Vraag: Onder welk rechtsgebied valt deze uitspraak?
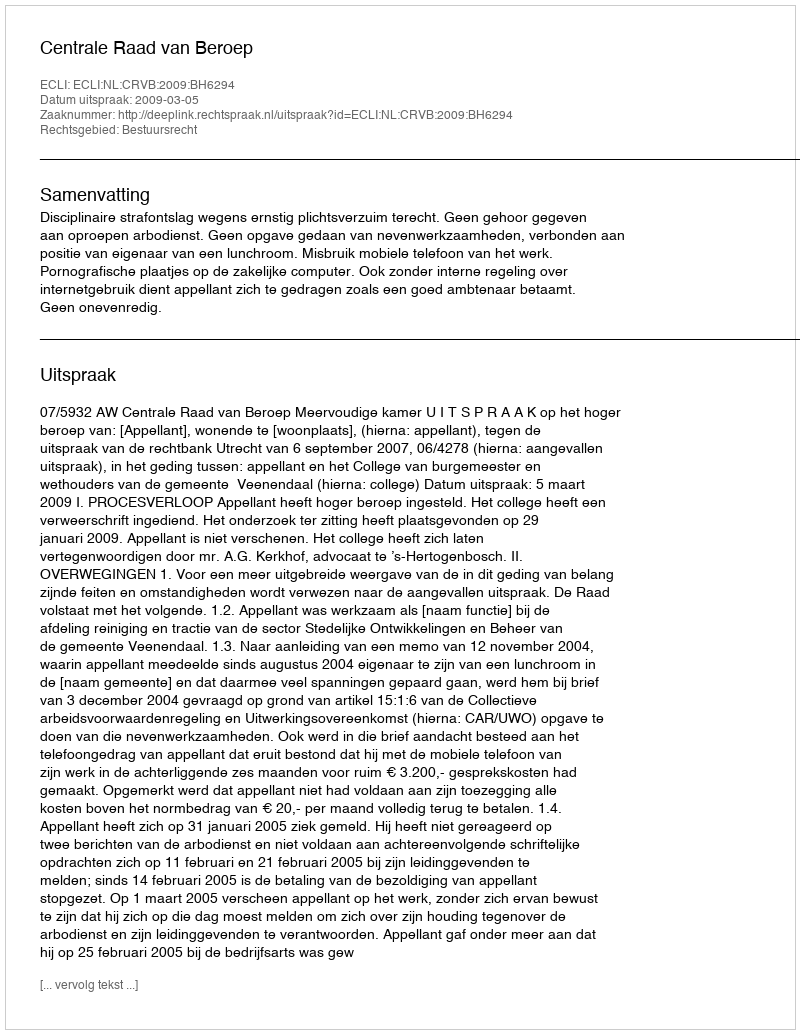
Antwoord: Bestuursrecht